Report of the Hyderabad Chloroform Commission
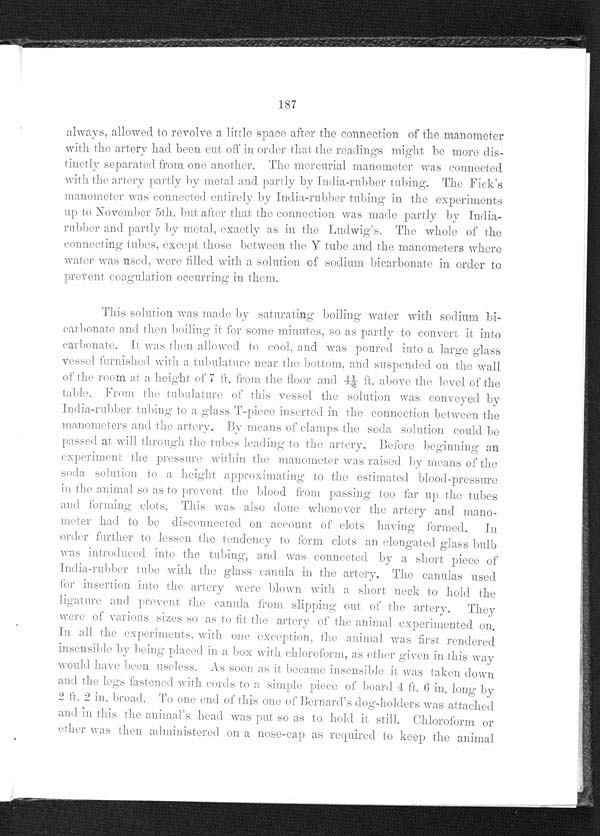
187
always, allowed to revolve a little space after the connection of the manometer
with the artery had been cut off in order that the readings might be more dis-
tinctly separated from one another. The mercurial manometer was connected
with the artery partly by metal and partly by India-rubber tubing. The Fick's
manometer was connected entirely by India-rubber tubing in the experiments
up to November 5th, but after that the connection was made partly by India-
rubber and partly by metal, exactly as in the Ludwig's. The whole of the
connecting tubes, except those between the Y tube and the manometers where
water was used, were filled with a solution of sodium bicarbonate in order to
prevent coagulation occurring in them.
This solution was made by saturating boiling water with sodium bi-
carbonate and then boiling it for some minutes, so as partly to convert it into
carbonate. It was then allowed to cool, and was poured into a large glass
vessel furnished with a tabulature near the bottom, and suspended on the Wall
of the room at a height or 7 ft. from the floor and 44 ½ ft. above the level of the
table From the tubalature of this vessel the solution was conveyed by
Inlia-rubber tubing to a glass T-piece inserted in the connection between the
manometers and the artery. By means of clamps the soda solution could be
passed. at will through the tubes haling to the artery. Before beginning an
experiment the pressure within the manometer was raised by means of the
soda solution to a height approximating to the estimated blood-pressure
in the animal so as to prevent the blood from passing too far up the tubes
and forming clots. This was also done whenever the artery and mano-
meter had to be disconnected on account of clots having formed. In
order further to lessen the tendency to form clots an elongated
glass bulb
was introduced into the tubing, and was connected by a short piece of
India-rubber tube with the glass canula in the artery. The canulas used
for insertion into the artery were blown with
a short neck to hold the
ligature and prevent the canula from slipping out or the artery. They
were of various sizes so as to fit the artery of the animal experimented on.
In all the experiments, with one exception. the animal was first rendered
insensible by being placed in a box with chloroform, as ether give in this way
would have been useless. As soon as it became insensible it was taken down
and the legs fastened with cords to a simple piece of board 4 ft. 6 in, long by
2 ft. 2 in. broad. To one end of this one of Bernard's dog-holders was attached
and in this the animal's head was put so as to hold it still. Chloroform
or
ether was then administered on a nose-cap as required to keep the animal